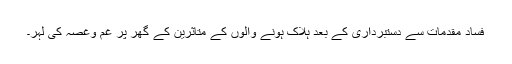
فساد مقدمات سے دستبرداری کے بعد ہلاک ہونے والوں کے متاثرین کے گھر پر غم وغصہ کی لہر۔